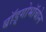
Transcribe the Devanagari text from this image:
बाॅड़्गोभाॅबोन